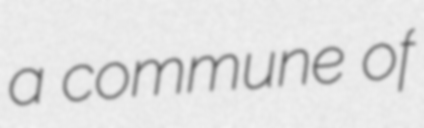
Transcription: a commune of